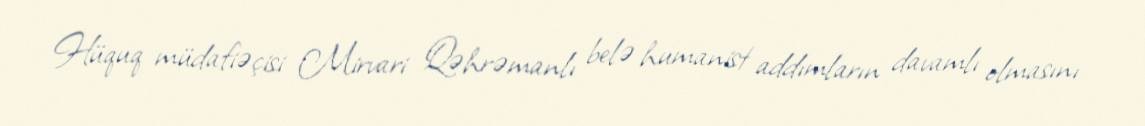
Hüquq müdafiəçisi Mirvari Qəhrəmanlı belə humanist addımların davamlı olmasını